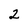
Character: 2